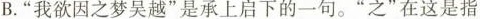
B.”我欲因之梦吴越”是承上启下的一句。”之”在这是指